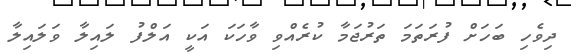
ދިވެހި ބަހަށް ފުރަތަމަ ތަރުޖަމާ ކުރެއްވި ވާހަކަ އަކީ އަލްފު ލައިލާ ވަލައިލާ